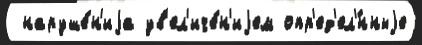
 наруше́н'иjа ув'ел'иче́н'иjем опр'ед'ел'́нныjе